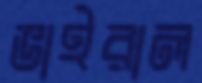
ভাইরাল